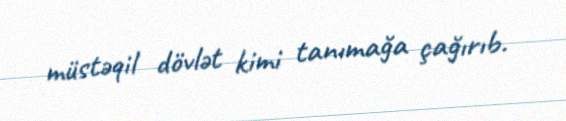
müstəqil dövlət kimi tanımağa çağırıb.